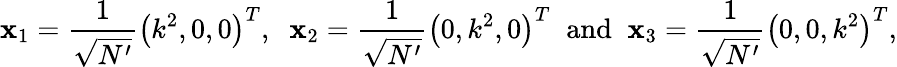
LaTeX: {\mathbf x_{1}}=\frac{1}{\sqrt{N^{\prime}}}\left(k^{2},0,0\right)^{T},\; \; {\mathbf x_{2}}=\frac{1}{\sqrt{N^{\prime}}}\left(0,k^{2},0\right)^{T}\; \; \mathrm{and}\; \; {\mathbf x_{3}}=\frac{1}{\sqrt{N^{\prime}}}\left(0,0,k^{2}\right)^{T},